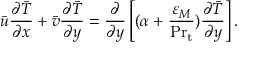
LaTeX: { \bar { u } } { \frac { \partial { \bar { T } } } { \partial x } } + { \bar { v } } { \frac { \partial { \bar { T } } } { \partial y } } = { \frac { \partial } { \partial y } } \left[ ( \alpha + { \frac { \varepsilon _ { M } } { \mathrm { P r } _ { \mathrm { t } } } } ) { \frac { \partial { \bar { T } } } { \partial y } } \right] .